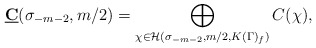
\begin{align*}\underline{\mathbf{C}}(\sigma_{-m-2},m/2)=\bigoplus_{\chi\in \mathcal{H}(\sigma_{-m-2},m/2,K(\Gamma)_f)}C(\chi),\end{align*}